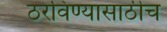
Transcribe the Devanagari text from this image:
ठरविण्यासाठीच